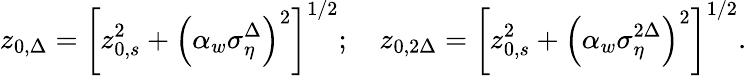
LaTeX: z_{0,\Delta}=\left[z_{0,s}^{2}+\left(\alpha_{w}\sigma_{\eta}^{\Delta}\right)^{2}\right]^{1/2};\quad z_{0,2\Delta}=\left[z_{0,s}^{2}+\left(\alpha_{w}\sigma_{\eta}^{2\Delta}\right)^{2}\right]^{1/2}.